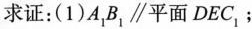
求证：(1)A_{1 }B_{1 }\parallel平面DEC_{1}﹔